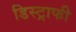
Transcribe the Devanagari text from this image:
डिस्ट्राफी